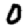
Digit: 0